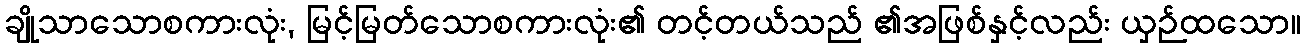
ချိုသာသောစကားလုံး, မြင့်မြတ်သောစကားလုံး၏ တင့်တယ်သည် ၏အဖြစ်နှင့်လည်း ယှဉ်ထသော။